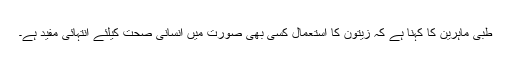
طبی ماہرین کا کہنا ہے کہ زیتون کا استعمال کسی بھی صورت میں انسانی صحت کیلئے انتہائی مفید ہے۔